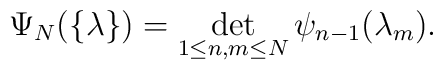
\Psi_N(\{\lambda\})=\det_{1\leq n,m\leq N} \psi_{n-1}(\lambda_m).